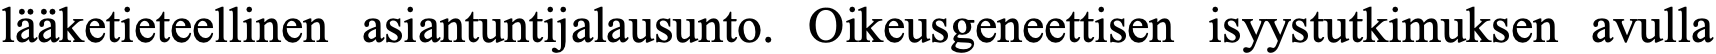
lääketieteellinen asiantuntijalausunto. Oikeusgeneettisen isyystutkimuksen avulla